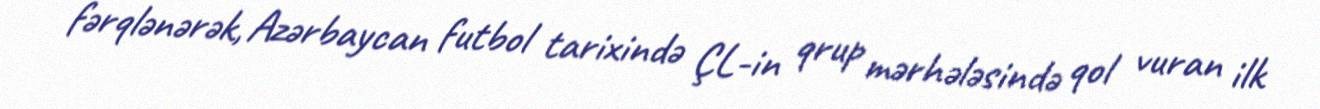
fərqlənərək, Azərbaycan futbol tarixində ÇL-in qrup mərhələsində qol vuran ilk